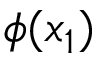
\phi ( x _ { 1 } )